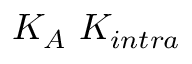
K _ { A } \ K _ { i n t r a }